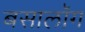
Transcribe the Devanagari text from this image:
बसालॉग